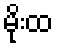
မိုးထ